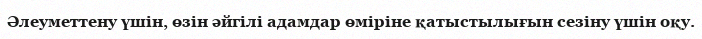
Әлеуметтену үшін, өзін әйгілі адамдар өміріне қатыстылығын сезіну үшін оқу.